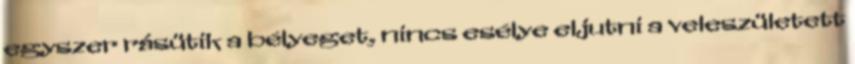
egyszer rásütik a bélyeget, nincs esélye eljutni a veleszületett